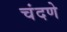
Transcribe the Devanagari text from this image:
चंदणे